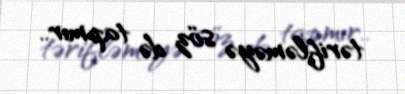
tərifləməyə söz də tapmır..